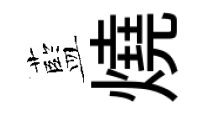
藍燒